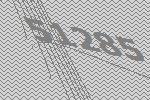
51285